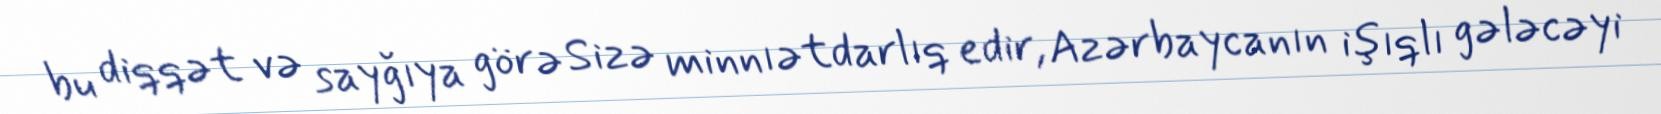
bu diqqət və sayğıya görə Sizə minnıətdarlıq edir, Azərbaycanın işıqlı gələcəyi